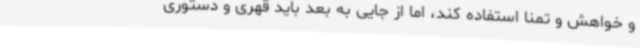
و خواهش و تمنا استفاده کند، اما از جایی به بعد باید قهری و دستوری